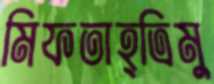
মিফতাহ্ত্রিমু